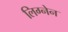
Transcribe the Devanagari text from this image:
लिग्नेन